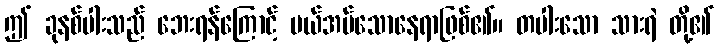
ဤ ခုနစ်ပါးသည် ဘေးရန်ကြောင့် ပယ်အပ်သောနေရာဖြစ်၏။ တပါးသော သားရဲ တို့၏